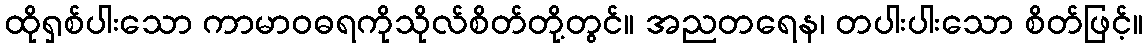
ထိုရှစ်ပါးသော ကာမာဝဓရကိုသိုလ်စိတ်တို့တွင်။ အညတရေန၊ တပါးပါးသော စိတ်ဖြင့်။